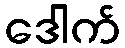
ဒေါက်